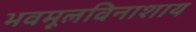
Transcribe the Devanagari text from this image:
भवमूलविनाशाय